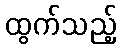
ထွက်သည့်